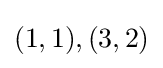
(1,1),(3,2)